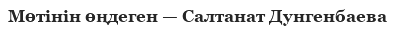
Мөтінін өңдеген — Салтанат Дунгенбаева